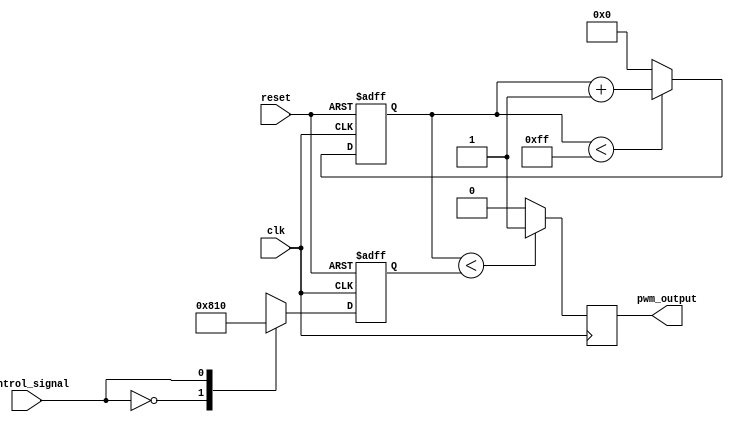
module PWM_timer (
    input wire clk,
    input wire reset,
    input wire control_signal,
    output reg pwm_output
);

reg [7:0] counter;
reg [7:0] pulse_width;

always @ (posedge clk or posedge reset) begin
    if (reset) begin
        counter <= 0;
        pulse_width <= 0;
    end else begin
        if (counter < 255) begin
            counter <= counter + 1;
        end else begin
            counter <= 0;
        end
        
        case (control_signal)
            2'b00: pulse_width <= 8; // mapping control signal values to specific pulse widths
            2'b01: pulse_width <= 16;
            2'b10: pulse_width <= 32;
            2'b11: pulse_width <= 64;
            default: pulse_width <= 0;
        endcase
    end
end

always @ (posedge clk) begin
    if (counter < pulse_width) begin
        pwm_output <= 1;
    end else begin
        pwm_output <= 0;
    end
end

endmodule